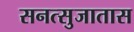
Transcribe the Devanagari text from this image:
सनत्सुजातास